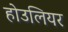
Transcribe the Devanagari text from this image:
होउलियर